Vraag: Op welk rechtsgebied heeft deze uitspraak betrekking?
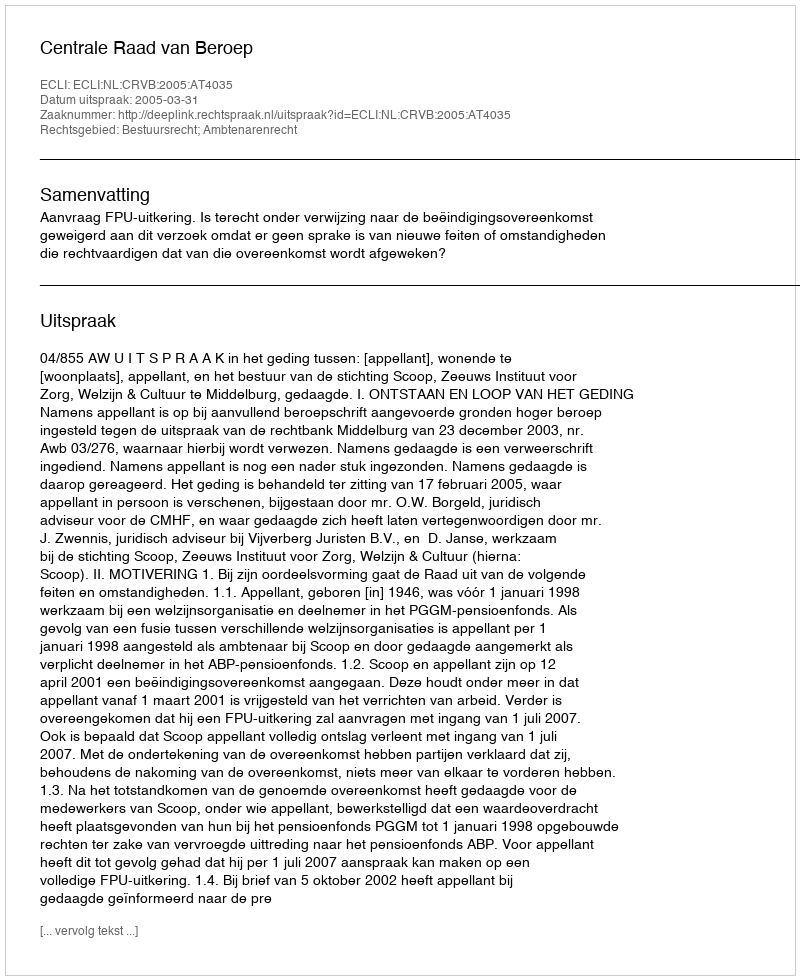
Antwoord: Bestuursrecht; Ambtenarenrecht